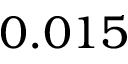
0 . 0 1 5